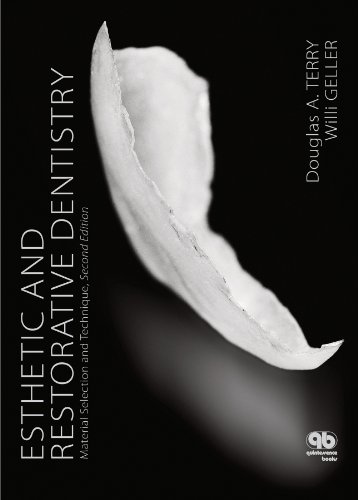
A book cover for Esthetic and Restorative Dentistry: Material Selection and Technique, Second Edition; Douglas A. Terry; Medical Books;